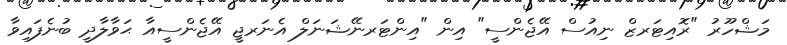
މަޝްހޫރު "ރޮއިޓަރޒް ނިއުސް އޭޖެންސީ" އިން "އިންޓަރނޭޝަނަލް އެނަރޖީ އޭޖެންސީއާ ޙަވާލާދީ ބުނެފައިވާ